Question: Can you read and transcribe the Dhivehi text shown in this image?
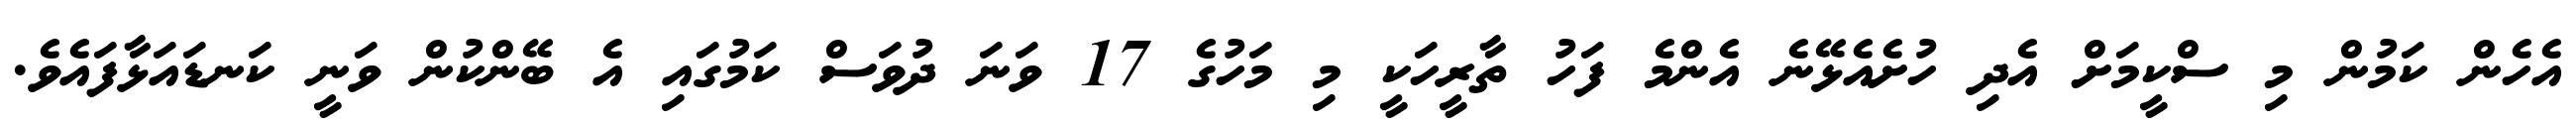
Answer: އެހެން ކަމުން މި ސްކީމަށް އެދި ހުށެއެޅޭނެ އެންމެ ފަހު ތާރީހަކީ މި މަހުގެ 17 ވަނަ ދުވަސް ކަމުގައި އެ ބޭންކުން ވަނީ ކަނޑައަޅާފައެވެ.